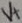
Text: V+